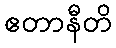
ဧတာနီတိ